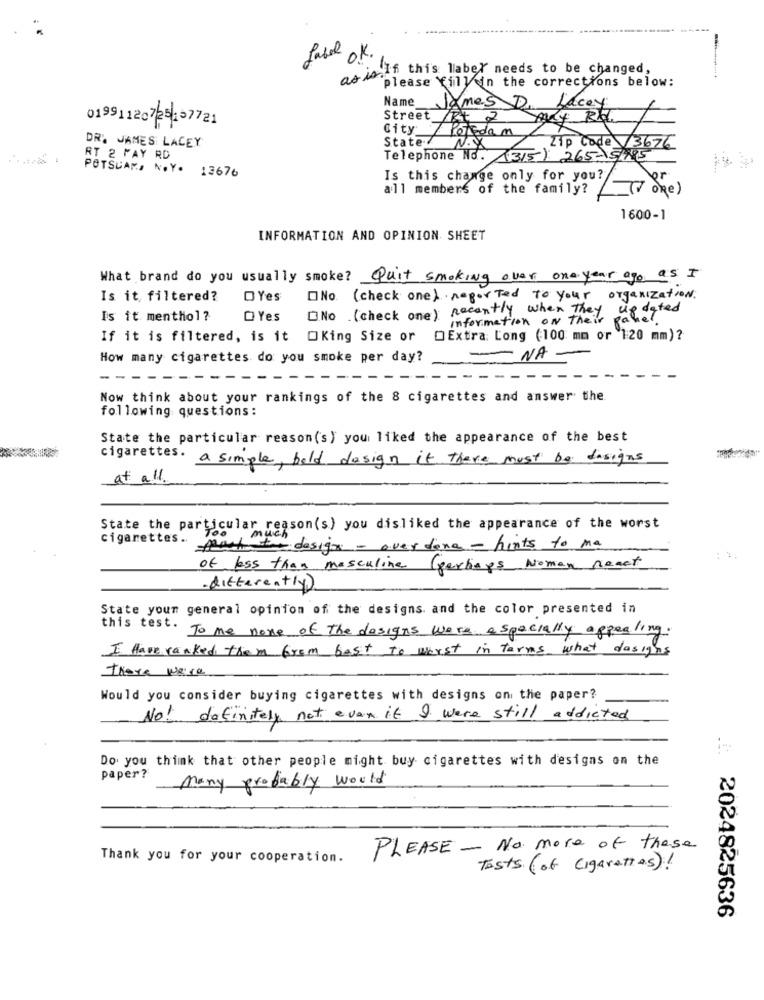
Label ok.
as in.If this laber needs to be changed,
please fill in the corrections below:
Name
James De
Lacey
01991120725157721
Street ART I my Ra
City
5
State N.X
I Potsdam
DR. JAMES LACEY
Zip Code 3676
RT 2 PAY RD
Telephone No. (3/5): 265-151795
POTSDAM, N.Y. 13676
Is this change only for you?
all members of the family?
_(7 one)
1600-1
INFORMATION AND OPINION SHEET
What brand do you usually smoke? Quit smoking over one year ago as I
Is it filtered?
OYes
No. ( check one) reported to your organization.
No (check one) recently when they updated
Is it menthol?
Yes
information ON their
If it is filtered, is it Oking Size or OExtra: Long (100 mm or 120 mm)?
How many cigarettes do you smoke per day?
NA
-----
Now think about your rankings of the 8 cigarettes and answer the
following questions:
State the particular reason('s) you liked the appearance of the best
cigarettes.
a simple, bold design it there must be designs
at all.
State the particular reason(s) you disliked the appearance of the worst
cigarettes ..
feuch to design - overdena - hints to ma
..
of less than masculine
(perhaps Noman react
.differently)
State your general opinion of the designs. and the color presented in
this test. To me none of the designs were especially appealing.
I Have ranked them from best to worst in terms what dasigns
There were
Would you consider buying cigarettes with designs on the paper?
No! definitely not even if I were still addicted
Do you think that other people might buy cigarettes with designs on the
paper?
many probably would
PLEASE - No more of these
Thank you for your cooperation.
Tests (of cigarettes)!
: 2024825636